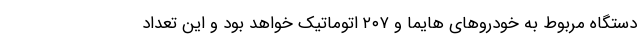
دستگاه مربوط به خودروهای هایما و ۲۰۷ اتوماتیک خواهد بود و این تعداد